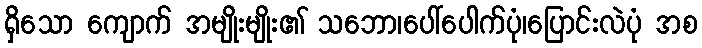
ရှိသော ကျောက် အမျိုးမျိုး၏ သဘော၊ပေါ်ပေါက်ပုံ၊ပြောင်းလဲပုံ အစ